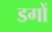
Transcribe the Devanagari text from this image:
डगों